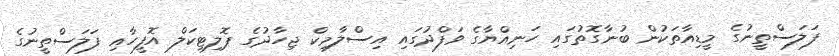
ފަލަސްތީނުގެ މީޑިއާތަކުން ބުނާގޮތުގައި ހަނިއްޔާގެ ވަފްދުގައި އިސްލާމިކް ޖިހާދުގެ ޕޮލިޓިކަލް އޮފީހާއި ފަލަސްތީނުގެ